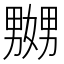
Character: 嬲